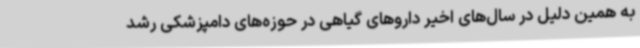
به همین دلیل در سال‌های اخیر داروهای گیاهی در حوزه‌های دامپزشکی رشد